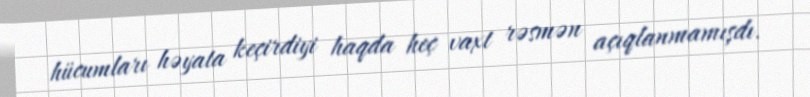
hücumları həyata keçirdiyi haqda heç vaxt rəsmən açıqlanmamışdı.